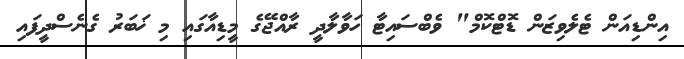
އިންޑިއަން ޓެލެވިޒަން ޑޮޓްކޮމް" ވެބްސައިޓާ ހަވާލާދީ ރާއްޖޭގެ މީޑިއާގައި މި ޚަބަރު ގެނެސްދީފައި